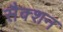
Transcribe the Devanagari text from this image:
सैक्‍शन